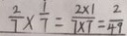
\frac { 2 } { 7 } \times \frac { 1 } { 7 } = \frac { 2 \times 1 } { 7 \times 7 } = \frac { 2 } { 4 9 }